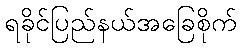
ရခိုင်ပြည်နယ်အခြေစိုက်